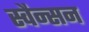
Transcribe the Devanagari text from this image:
स्वैन्सन